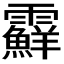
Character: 𩆵